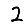
Digit: 2